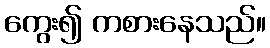
ကွေး၍ ကစားနေသည်။